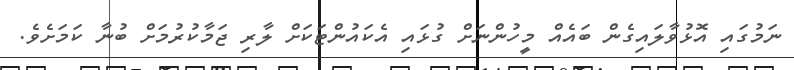
ނަމުގައި އޮޅުވާލައިގެން ބައެއް މީހުންނަށް ގުޅައި އެކައުންޓަކަށް ލާރި ޖަމާކުރުމަށް ބުނާ ކަމަށެވެ.